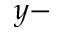
y -